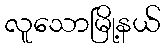
လူသောမြို့နယ်